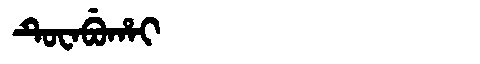
Manchu: ᡨᡠᠸᠠᠪᡠᡥᠠᡳ
Romanization: TUWABUHAI